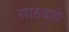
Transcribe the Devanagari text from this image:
साठवावे